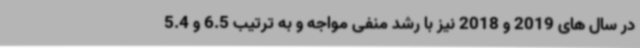
در سال های 2019 و 2018 نیز با رشد منفی مواجه و به ترتیب 6.5 و 5.4